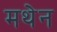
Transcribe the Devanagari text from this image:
मथेन